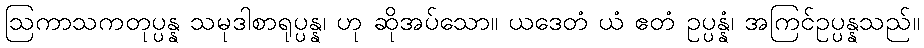
ဩကာသကတုပ္ပန္န သမုဒါစာရုပ္ပန္န၊ ဟု ဆိုအပ်သော။ ယဒေတံ ယံ ဧတံ ဥပ္ပန္နံ၊ အကြင်ဥပ္ပန္နသည်။